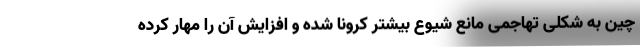
چین به شکلی تهاجمی مانع شیوع بیشتر کرونا شده و افزایش آن را مهار کرده